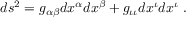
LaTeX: d s ^ { 2 } = g _ { \alpha \beta } d x ^ { \alpha } d x ^ { \beta } + g _ { \iota \iota } d x ^ { \iota } d x ^ { \iota } \; .